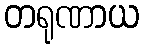
တရုဏာယ